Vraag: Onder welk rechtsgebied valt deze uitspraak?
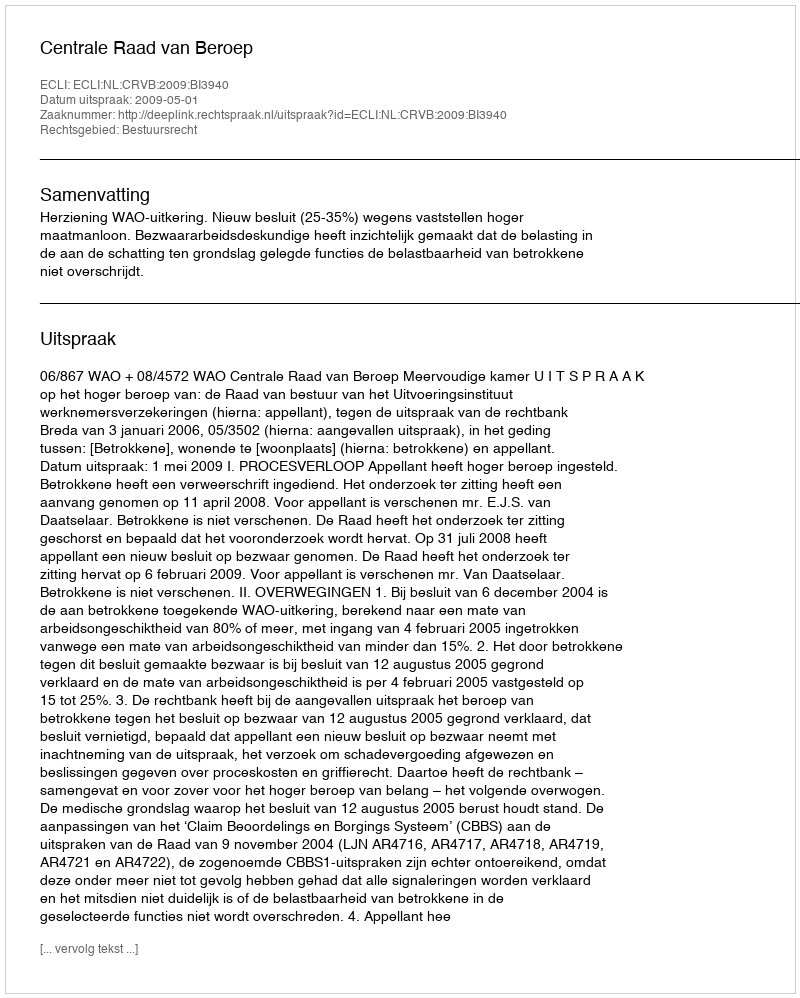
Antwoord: Bestuursrecht